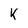
Character: k